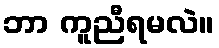
ဘာ ကူညီရမလဲ။